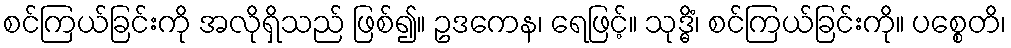
စင်ကြယ်ခြင်းကို အလိုရှိသည် ဖြစ်၍။ ဥဒကေန၊ ရေဖြင့်။ သုဒ္ဓိံ၊ စင်ကြယ်ခြင်းကို။ ပစ္စေတိ၊